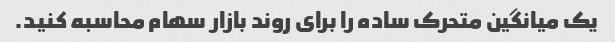
یک میانگین متحرک ساده را برای روند بازار سهام محاسبه کنید.